system: You are a helpful assistant.
user:
Analyze the provided spectrum to determine if it is a **S-type Star**.

- **Key Indicators for S-type Star:**

    - **(Overall Spectrum Shape):** The first and most obvious characteristic is the overall continuum (the "baseline" shape). It is **extremely "red-sloping,"** meaning the flux (light intensity) is very low on the left side (blue, ~4000-4500 Å) and rises steeply and continuously toward the right side (red, ~7000 Å+).

    - **(Primary):** The spectrum is defined by the presence of strong, broad molecular absorption "valleys" (bands) from **Zirconium Oxide (ZrO)**. The identification of these bands is the **primary requirement** for classifying a star as S-type.
        - **(Key Bandheads):** You must find distinct, deep "dips" where the light has been absorbed. The most critical band systems to locate are:
            - **~6474 Å** ($\gamma$-system): This is often the strongest and clearest ZrO feature, found in the red part of the spectrum.
            - **~5718 Å** & **~5551 Å** ($\beta$-system): A pair of prominent absorption features in the yellow-orange part of the spectrum.
            - **~4640 Å** ($\alpha$-system): A key absorption band system in the blue-green region of the spectrum.

    - **(Secondary Confirmation):** The classification is strengthened by finding additional absorption bands from other related heavy element oxides, which are expected to be present alongside ZrO.
        - **(Key Bandheads):**
            - **Yttrium Oxide (YO):** Look for absorption dips near **~4800 Å** and **~6100 Å**.
            - **Lanthanum Oxide (LaO):** Additional absorption features, particularly in the red-orange part of the spectrum, are also characteristic.

    - **(Line Profile):** The combination of the steep red continuum and these numerous, deep molecular bands (ZrO, YO, etc.) gives the entire spectrum a very **"chopped-up"** or **"bumpy"** appearance. Instead of a smooth curve, the spectrum looks as though large, wide chunks of light have been "carved out" of it at the specific wavelengths listed above.

Think first, call **spectral_visualization_tool** if needed to examine features in detail, then provide your final answer. Your response must adhere to the following strict rules:
1.  **Overall Structure:** Your response must follow the format `<think>...</think> <tool_call>...</tool_call> (if a tool is used) <answer>...</answer>`.
2.  **Tool Usage Constraint:** You may only make **one** tool call per turn.
3.  **Final Answer Format:** In the `<answer>` tag, your conclusion must be inside a `\boxed{}` command (e.g., `\boxed{YES}` or `\boxed{NO}`), followed by your justification.

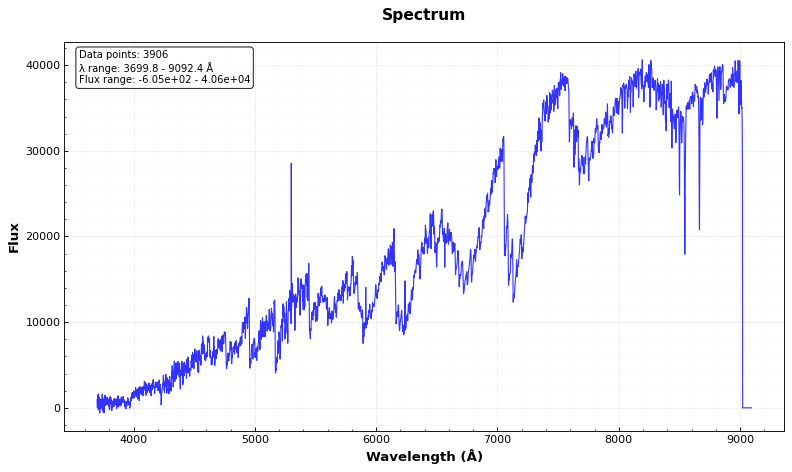
Answer: YES